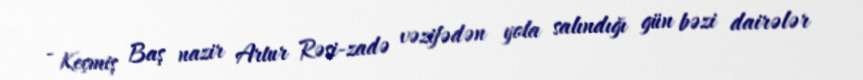
- Keçmiş Baş nazir Artur Rəsi-zadə vəzifədən yola salındığı gün bəzi dairələr